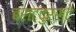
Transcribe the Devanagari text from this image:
ब्राटवुर्स्टे